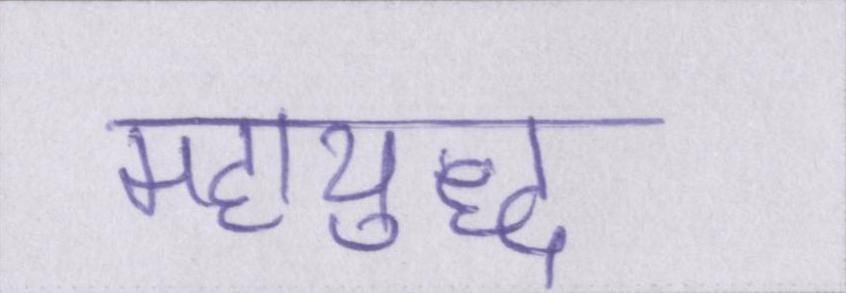
महायुद्ध